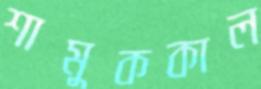
শামুককাল